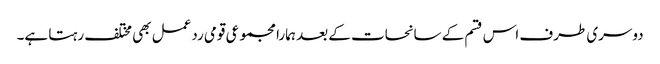
دوسری طرف اس قسم کے سانحات کے بعد ہمارا مجموعی قومی ردعمل بھی مختلف رہتا ہے۔